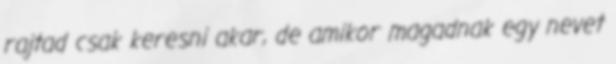
rajtad csak keresni akar, de amikor magadnak egy nevet